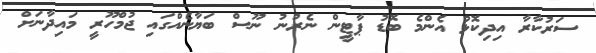
ސަރުކާރާ އިދިކޮޅު އެންމެ ބޮޑު ޕާޓީން ނެރުނު ނޫސް ބަޔާނެއްގައި ޖުމްހޫރީ މައިދާނަށް